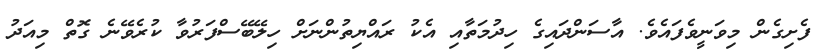
ފެށިގެން މިވަނީވެފައެވެ. އާސަންދައިގެ ހިދުމަތާއި އެކު ރައްޔިތުންނަށް ހިލޭބޭސްފަރުވާ ކުރެވޭނެ ގޮތް މިއަދު